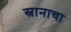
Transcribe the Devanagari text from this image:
स्नानाचा